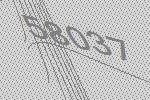
58037